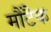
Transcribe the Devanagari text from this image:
मौंटैक